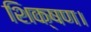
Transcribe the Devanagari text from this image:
शिक्षण।